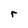
Character: r